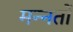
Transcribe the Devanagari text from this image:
मन्नतों